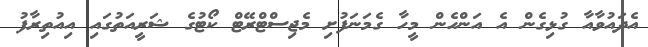
އެދައުވާއާ ގުޅިގެން އެ އަންހެން މީހާ ގެމަނަފުށި މެޖިސްޓްރޭޓް ކޯޓުގެ ޝަރީއަތުގައި އިއުތިރާފު